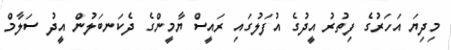
މިދިޔަ އަހަރުގެ ފިތުރު އީދުގެ އުފަލުގައި ރައީސް ޔާމީންގެ ދެކަނބަލުން އީދު ސަލާމް